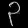
Digit: ၃